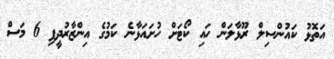
އަތޮޅު ކައުންސިލް ރޫޅާލަން ހައި ކޯޓަށް ހުށައަޅާނެ ކަމުގެ އިންޒާރުދީފި 6 މަސް